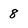
Character: 8